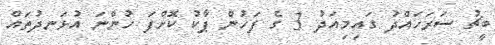
ބީޗު ސަރަހައްދު ގައިމިއަދު 3 ގެ ފަހުން ޕާކު ކޮށްފަ ހުންނަ އުޅަނދުތައް